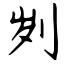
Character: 刿